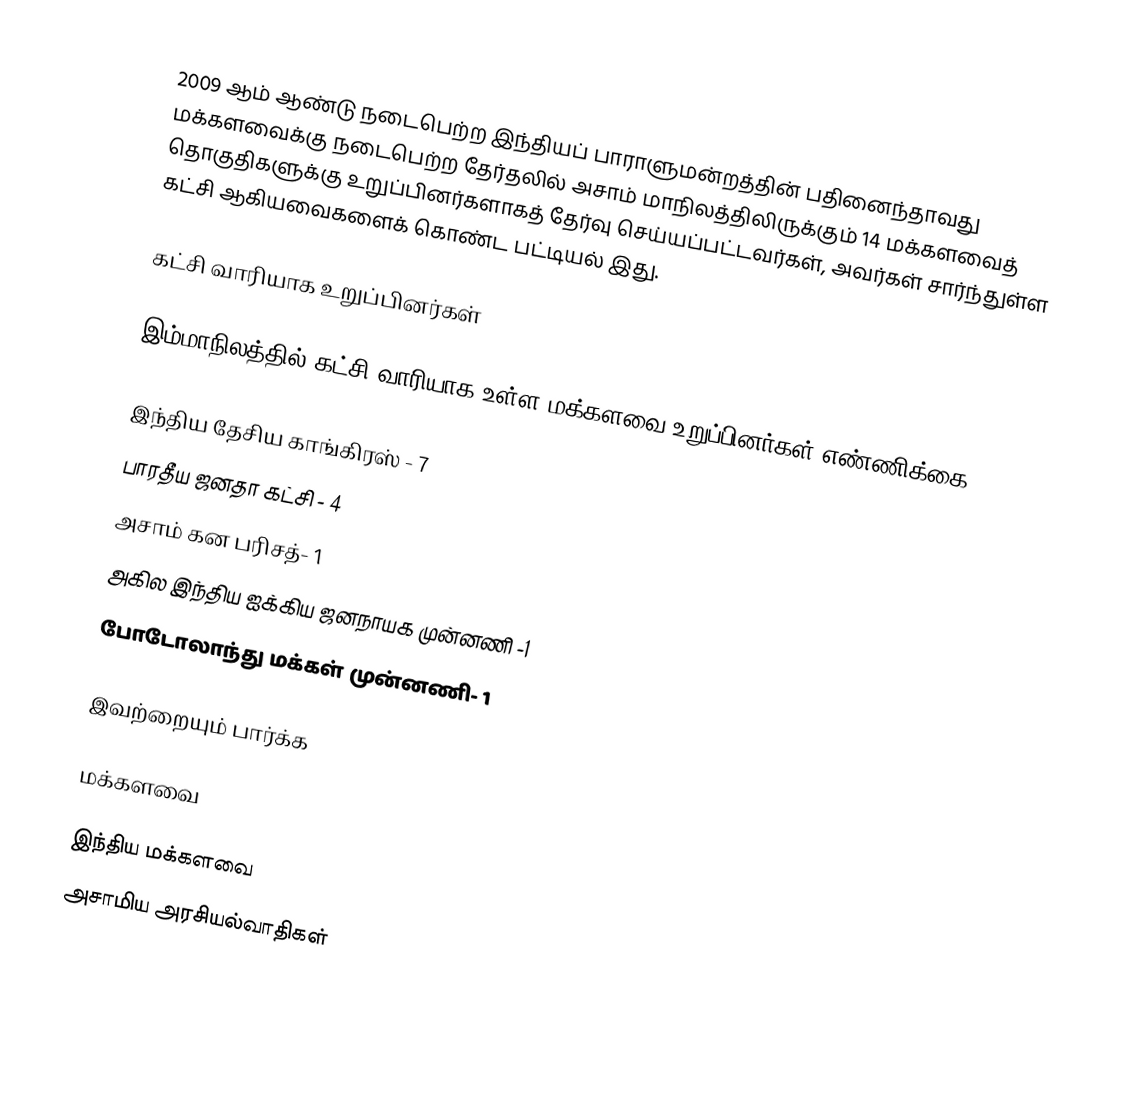
2009 ஆம் ஆண்டு நடைபெற்ற இந்தியப் பாராளுமன்றத்தின் பதினைந்தாவது மக்களவைக்கு நடைபெற்ற தேர்தலில் அசாம் மாநிலத்திலிருக்கும் 14 மக்களவைத் தொகுதிகளுக்கு உறுப்பினர்களாகத் தேர்வு செய்யப்பட்டவர்கள், அவர்கள் சார்ந்துள்ள கட்சி ஆகியவைகளைக் கொண்ட பட்டியல் இது.

கட்சி வாரியாக உறுப்பினர்கள்

இம்மாநிலத்தில் கட்சி வாரியாக உள்ள மக்களவை உறுப்பினர்கள் எண்ணிக்கை:

இந்திய தேசிய காங்கிரஸ் - 7
பாரதீய ஜனதா கட்சி - 4
அசாம் கன பரிசத்- 1
அகில இந்திய ஐக்கிய ஜனநாயக முன்னணி -1
போடோலாந்து மக்கள் முன்னணி- 1

இவற்றையும் பார்க்க

 மக்களவை

இந்திய மக்களவை
அசாமிய அரசியல்வாதிகள்